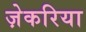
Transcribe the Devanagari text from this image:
ज़ेकरिया